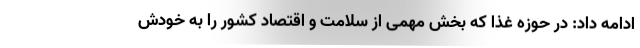
ادامه داد: در حوزه غذا که بخش مهمی از سلامت و اقتصاد کشور را به خودش